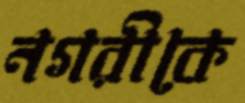
নগরীকে